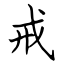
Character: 戒